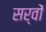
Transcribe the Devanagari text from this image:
सर्वों